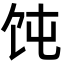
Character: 饨